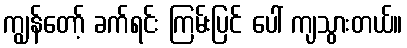
ကျွန်တော့် ခက်ရင်း ကြမ်းပြင် ပေါ် ကျသွားတယ်။